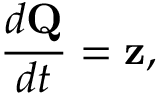
\frac { d \mathbf { Q } } { d t } = \mathbf { z } ,